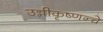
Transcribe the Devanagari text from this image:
उन्नीकृष्णन्चे